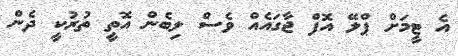
އެ ޓީމަށް ޕްލޭ އޮފް ޖާގައެއް ވެސް ލިބެން އޮތީ ތުރުކީ ދެން